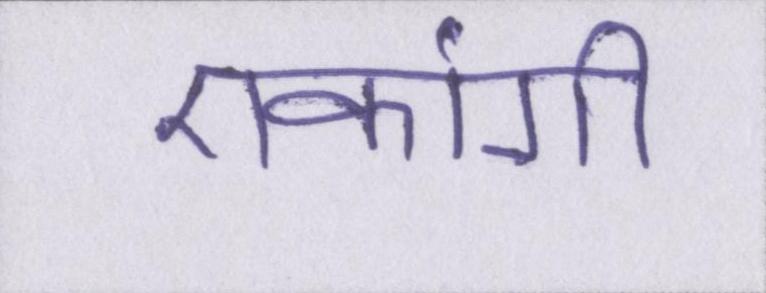
एकांगी